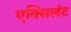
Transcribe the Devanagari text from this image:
एक्सिलंट